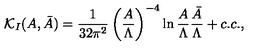
{ \cal K } _ { I } ( A , \bar { A } ) = { \frac { 1 } { 3 2 \pi ^ { 2 } } } \left( { \frac { A } { \Lambda } } \right) ^ { - 4 } \ln { \frac { A } { \Lambda } } { \frac { \bar { A } } { \Lambda } } + c . c . ,